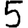
Digit: 5